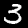
Digit: 3